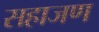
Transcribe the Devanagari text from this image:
सहाजण